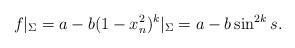
LaTeX: \begin{align*}f|_\Sigma =a-b(1-x_n^2)^k |_\Sigma=a-b\sin^{2k}s.\end{align*}